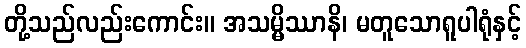
တို့သည်လည်းကောင်း။ အသမ္မိဿာနိ၊ မတူသောရူပါရုံနှင့်